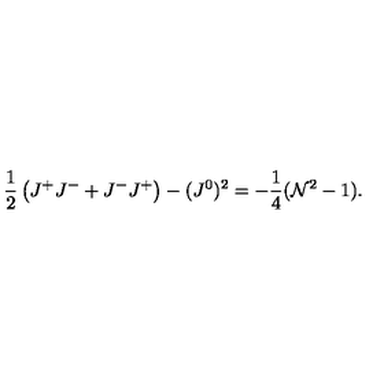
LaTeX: \frac 1 2 \left( J ^ { + } J ^ { - } + J ^ { - } J ^ { + } \right) - ( J ^ { 0 } ) ^ { 2 } = - \frac 1 4 ( { \cal N } ^ { 2 } - 1 ) .